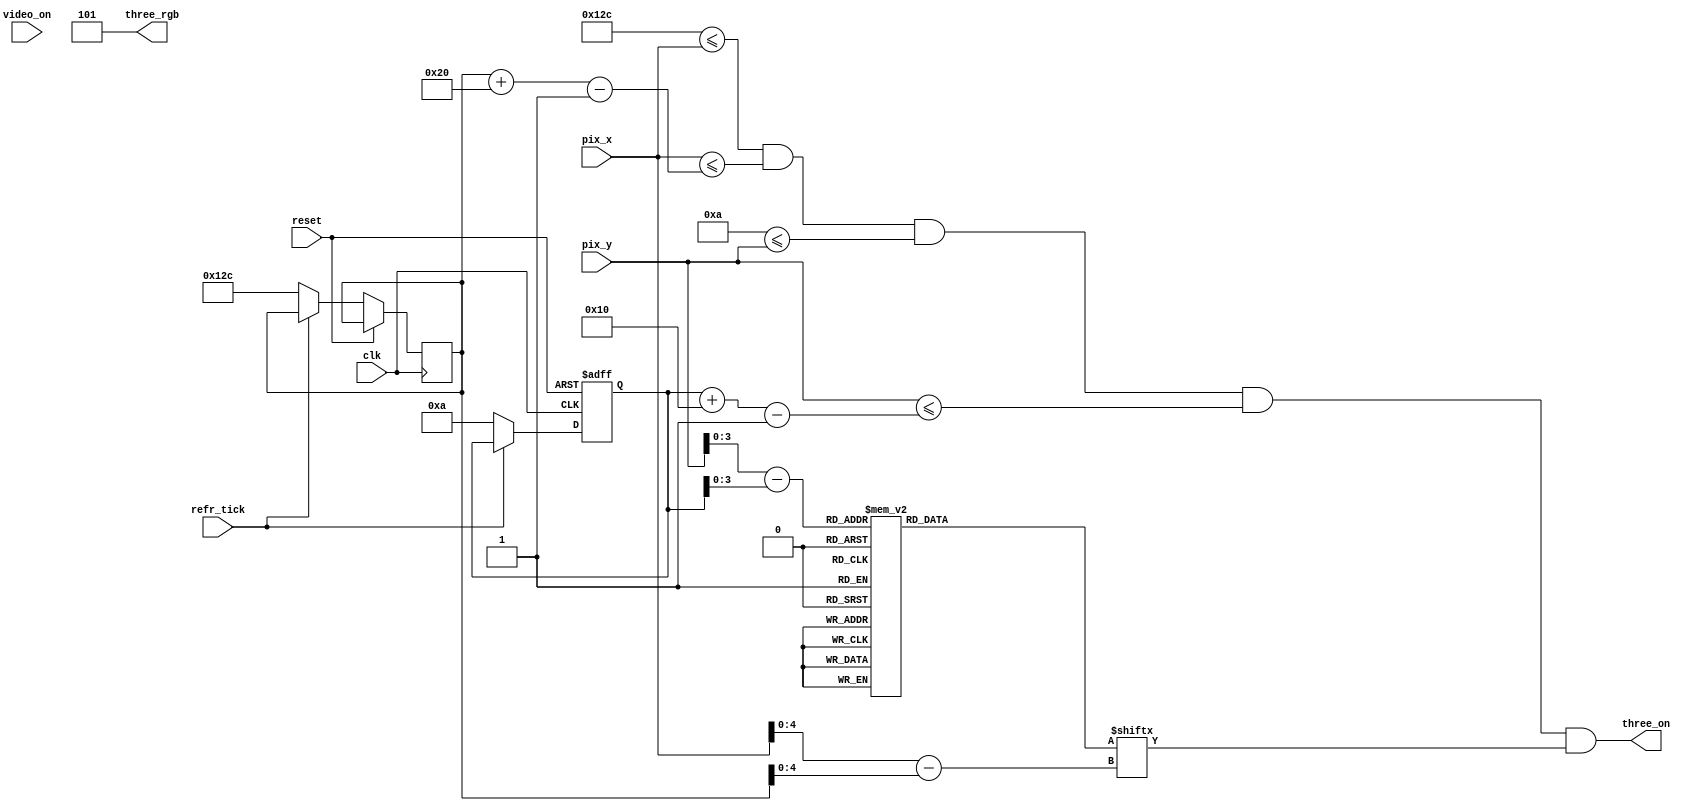
module Three_3(clk, reset,video_on, refr_tick,pix_x,pix_y,three_on,three_rgb);
    input clk, reset;
    input video_on, refr_tick;
    input [9:0] pix_x;
    input [9:0] pix_y;
    output three_on;
    output [2:0] three_rgb;

  
  //--------------------------------------------
   // Three Logo
   //--------------------------------------------
   wire [3:0] Three_rom_addr; 
	wire [4:0] Three_rom_col;
   reg [31:0] Three_rom_data;
   wire Three_rom_bit,Three_Logo_on, Logo_on ;
   //--------------------------------------------
   // Three Logo Positioning
   //--------------------------------------------
   // Logo Position left, Top boundary
   localparam Three_X_L = 300;
	localparam Three_X_R = 331;
   localparam Three_X_T = 10;
	localparam Three_X_B = 25;
   
   localparam Three_Logo_x = 32;
   localparam Three_Logo_y = 16;

	 // Three left, right boundary
   wire [9:0] Three_x_l, Three_x_r;
   // Three top, bottom boundary
   wire [9:0] Three_y_t, Three_y_b;
   // reg to track left, top position
   reg [9:0] Three_x_reg, Three_y_reg;
   wire [9:0] Three_x_next, Three_y_next; 

	// body
   //--------------------------------------------
   // Three Logo
   //--------------------------------------------
   always @*
   case (Three_rom_addr)
      6'h0: Three_rom_data = 32'b00000000011111111111110000000000; //   ****
      6'h1: Three_rom_data = 32'b00000000111111111111111000000000; //  ******
      6'h2: Three_rom_data = 32'b00000001111000000001111100000000; // ********
      6'h3: Three_rom_data = 32'b00000000000000000000111100000000; // ********
      6'h4: Three_rom_data = 32'b00000000000000000011111100000000; // ********
      6'h5: Three_rom_data = 32'b00000000000000011111111000000000; // ********
      6'h6: Three_rom_data = 32'b00000000000011111111100000000000; //  ******
      6'h7: Three_rom_data = 32'b00000000000011111110000000000000; //   ****
	  6'h8: Three_rom_data = 32'b00000000000011111110000000000000; //   ****
      6'h9: Three_rom_data = 32'b00000000000000011111000000000000; //  ******
      6'hA: Three_rom_data = 32'b00000000000000000111110000000000; // ********
      6'hB: Three_rom_data = 32'b00000000000000000001111100000000; // ********
      6'hC: Three_rom_data = 32'b00000000000000000000111100000000; // ********
      6'hD: Three_rom_data = 32'b00000001111000000000111100000000; // ********
      6'hE: Three_rom_data = 32'b00000000111111111111111000000000; //  ******
      6'hF: Three_rom_data = 32'b00000000011111111111110000000000; //   ****

   endcase

    //------------------------------------------
	 // Register for Three logo
	 //------------------------------------------
	  // registers
   always @(posedge clk, posedge reset)
      if (reset)
         begin
           
			Three_y_reg <= 0;
            
         end
      else
         begin
            
		   	Three_x_reg <= Three_x_next;
		   	Three_y_reg <= Three_y_next;
            
         end


	//--------------------------------------------
   // Three Logo
   //--------------------------------------------
   // boundary
   assign Three_x_l = Three_x_reg;
   assign Three_y_t = Three_y_reg;
   assign Three_x_r = Three_x_l + Three_Logo_x - 1;
   assign Three_y_b = Three_y_t + Three_Logo_y - 1;
   // pixel within logo
   assign Logo_on =
            (Three_X_L<=pix_x) && (pix_x<=Three_x_r) &&
            (Three_X_T<=pix_y) && (pix_y<=Three_y_b);

	  //assign Logo_on =
     //       (Three_x_l<=Three_X_L) && (pix_x<=Three_x_r) &&
     //       (Three_y_t<=Three_X_T) && (pix_y<=Three_y_b);
   // map current pixel location to ROM addr/col
   assign Three_rom_addr = pix_y[3:0] - Three_y_t[3:0];
   assign Three_rom_col = pix_x[4:0] - Three_x_l[4:0];
   assign Three_rom_bit = Three_rom_data[Three_rom_col];
   // pixel within logo
   assign three_on = (Logo_on & Three_rom_bit);
   assign three_rgb = 3'b101; 
   
   //  assign Three_x_next = (refr_tick)?  Three_x_reg + 1'b1:Three_x_reg;
   //	 assign Three_y_next = (refr_tick) ? Three_y_reg + 1'b1:Three_y_reg;
   assign Three_x_next = (refr_tick) ?  Three_x_reg: Three_X_L;
   assign Three_y_next = (refr_tick) ? Three_y_reg : Three_X_T ;



endmodule